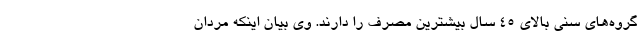
گروه‌های سنی بالای ۴۵ سال بیشترین مصرف را دارند. وی بیان اینکه مردان